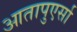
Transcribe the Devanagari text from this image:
आतापुएर्सा